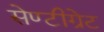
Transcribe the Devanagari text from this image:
सेण्टीग्रेट